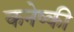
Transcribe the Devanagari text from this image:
कनेष्की